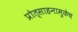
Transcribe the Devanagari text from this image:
प्रोत्साहनामुळेच